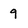
Character: 9